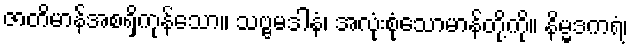
ဇာတိမာန်အစရှိကုန်သော။ သဗ္ဗမဒါနံ၊ အလုံးစုံသောမာန်တို့ကို။ နိမ္မဒကရံ၊